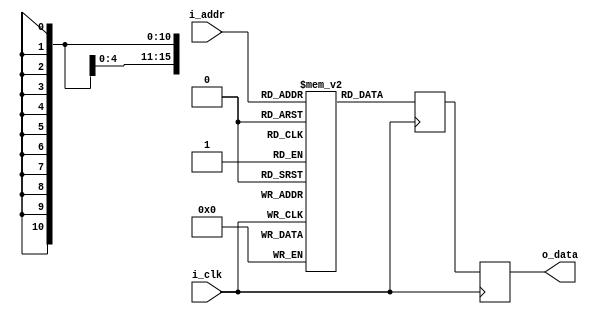
`timescale 1ns / 1ps

//////////////////////////////////////////////////////////////////////////////////////////////////
// Trabajo Practico Nro. 3. BIP I.
// Memoria de programa.
// Integrantes: Kleiner Matias, Lopez Gaston.
// Materia: Arquitectura de Computadoras.
// FCEFyN. UNC.
// Anio 2018.
//////////////////////////////////////////////////////////////////////////////////////////////////


//  Xilinx Single Port No Change RAM
//  This code implements a parameterizable single-port no-change memory where when data is written
//  to the memory, the output remains unchanged.  This is the most power efficient write mode.
//  If a reset or enable is not necessary, it may be tied off or removed from the code.

module memoria_programa
#(
  parameter RAM_WIDTH = 16,                       // Specify RAM data width
  parameter RAM_DEPTH = 2048,                     // Specify RAM depth (number of entries)
  parameter RAM_PERFORMANCE = "HIGH_PERFORMANCE", // Select "HIGH_PERFORMANCE" or "LOW_LATENCY"
  parameter INIT_FILE = ""                        // Specify name/location of RAM initialization file if using one (leave blank if not)
)
(
  input [clogb2(RAM_DEPTH) - 2 : 0] i_addr,   // Address bus, width determined from RAM_DEPTH
  //input [RAM_WIDTH-1:0] dina,           // RAM input data
  input i_clk,                            // Clock
  //input wea,                            // Write enable
  //input ena,                            // RAM Enable, for additional power savings, disable port when not in use
  //input rsta,                           // Output reset (does not affect memory contents)
  //input regcea,                         // Output register enable
  output [RAM_WIDTH - 1 : 0] o_data       // RAM output data
);

  wire ena = 1 ;                  // RAM Enable, for additional power savings, disable port when not in use
  wire wea = 0 ;                  // Write enable
  wire rsta = 0 ;                 // Output reset (does not affect memory contents)
  wire regcea = 1;                // Output register enable
  wire [RAM_WIDTH - 1 : 0] dina = 0;  // RAM input data

  reg [RAM_WIDTH - 1 : 0] BRAM [RAM_DEPTH - 1 : 0];
  reg [RAM_WIDTH - 1 : 0] ram_data = {RAM_WIDTH {1'b0}};

  // The following code either initializes the memory values to a specified file or to all zeros to match hardware
  generate
    if (INIT_FILE != "") begin: use_init_file
      initial
        $readmemb(INIT_FILE, BRAM, 0, RAM_DEPTH - 1);
    end else begin: init_bram_to_zero
      integer ram_index;
      initial
        for (ram_index = 0; ram_index < RAM_DEPTH; ram_index = ram_index + 1)
          BRAM[ram_index] = {RAM_WIDTH {1'b0}};
    end
  endgenerate

  always @(posedge i_clk)
    if (ena)
      if (wea)
        BRAM [i_addr] <= dina;
      else
        ram_data <= BRAM [i_addr];

  //  The following code generates HIGH_PERFORMANCE (use output register) or LOW_LATENCY (no output register)
  generate
    if (RAM_PERFORMANCE == "LOW_LATENCY") begin: no_output_register

      // The following is a 1 clock cycle read latency at the cost of a longer clock-to-out timing
       assign o_data = ram_data;

    end else begin: output_register

      // The following is a 2 clock cycle read latency with improve clock-to-out timing

      reg [RAM_WIDTH - 1 : 0] reg_data_out = {RAM_WIDTH {1'b0}};

      always @(posedge i_clk)
        if (rsta)
          reg_data_out <= {RAM_WIDTH {1'b0}};
        else if (regcea)
          reg_data_out <= ram_data;

      assign o_data = reg_data_out;

    end
  endgenerate

  //  The following function calculates the address width based on specified RAM depth
  function integer clogb2;
    input integer depth;
      for (clogb2 = 0; depth > 0; clogb2 = clogb2+1)
        depth = depth >> 1;
  endfunction

endmodule

// The following is an instantiation template for xilinx_single_port_ram_no_change
/*
  //  Xilinx Single Port No Change RAM
  xilinx_single_port_ram_no_change #(
    .RAM_WIDTH(18),                       // Specify RAM data width
    .RAM_DEPTH(1024),                     // Specify RAM depth (number of entries)
    .RAM_PERFORMANCE("HIGH_PERFORMANCE"), // Select "HIGH_PERFORMANCE" or "LOW_LATENCY"
    .INIT_FILE("")                        // Specify name/location of RAM initialization file if using one (leave blank if not)
  ) your_instance_name (
    .addra(addra),    // Address bus, width determined from RAM_DEPTH
    .dina(dina),      // RAM input data, width determined from RAM_WIDTH
    .clka(clka),      // Clock
    .wea(wea),        // Write enable
    .ena(ena),        // RAM Enable, for additional power savings, disable port when not in use
    .rsta(rsta),      // Output reset (does not affect memory contents)
    .regcea(regcea),  // Output register enable
    .douta(douta)     // RAM output data, width determined from RAM_WIDTH
  );

*/